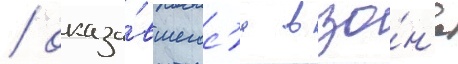
/ оказа́вшегос'я в зо́н'е